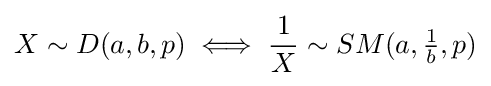
X\sim D(a,b,p)\iff {\frac {1}{X}}\sim SM(a,{\tfrac {1}{b}},p)